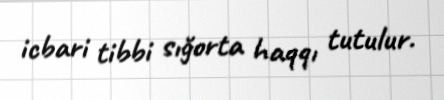
icbari tibbi sığorta haqqı tutulur.